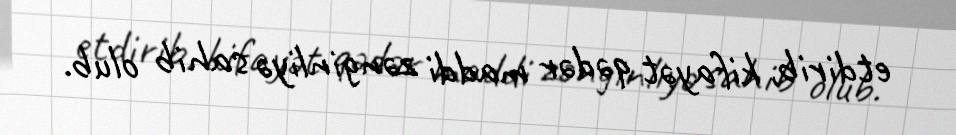
etdirib, kifayət qədər maddi zənginliyə sahib olub.